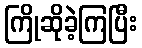
ကြိုဆိုခဲ့ကြပြီး